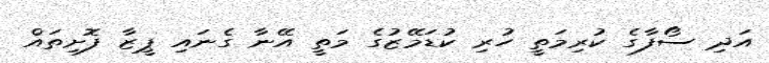
އަދި ސޯފާގެ ކުރިމަތީ ހުރި ކުޑަމޭޒުގެ މަތީ އޭނާ ގެނައި ޕީޒާ ފޮށިތައް